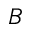
{ \cal B }